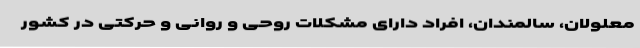
معلولان، سالمندان، افراد دارای مشکلات روحی و روانی و حرکتی در کشور